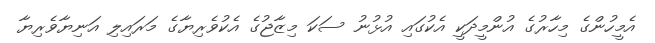
އެމީހުންގެ މިހާރުގެ އުންމީދަކީ އެކުގައި އުޅުނު ސަކަ މިޒާޖުގެ އެކުވެރިޔާގެ މަރައިލި އަނިޔާވެރިޔާ